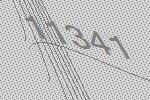
11341